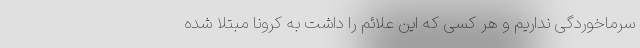
سرماخوردگی نداریم و هر کسی که این علائم را داشت به کرونا مبتلا شده